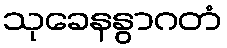
သုခေနနွာဂတံ